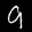
Label: 9